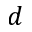
d